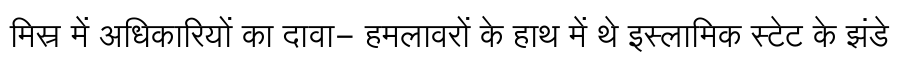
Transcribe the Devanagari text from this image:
मिस्र में अधिकारियों का दावा- हमलावरों के हाथ में थे इस्लामिक स्टेट के झंडे